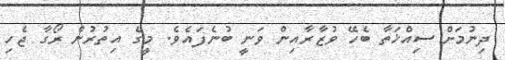
ދިނުމަށް ސިއްޚަތާ ބެހޭ ވުޒާރާއިން ވަނީ ބުނެފައެވެ. މީގެ އިތުރުން ރޯގާ ޖެހި